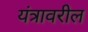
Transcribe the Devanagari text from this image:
यंत्रावरील